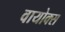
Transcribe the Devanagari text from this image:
वायोक्स